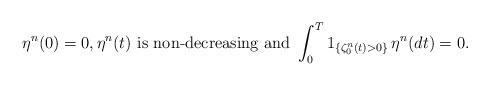
LaTeX: \begin{align*}\eta^n(0) = 0, \eta^n(t) \mbox{ is non-decreasing and } \int_0^T {{1}}_{\{\zeta^n_0(t)>0\}} \, \eta^n(dt) = 0. \end{align*}